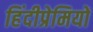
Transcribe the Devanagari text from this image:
हिंदीप्रेमियों